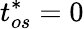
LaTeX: t_{os}^{*}=0